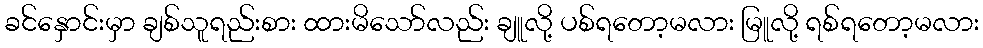
ခင်နှောင်းမှာ ချစ်သူရည်းစား ထားမိသော်လည်း ချူလို့ ပစ်ရတော့မလား မြူလို့ ရစ်ရတော့မလား